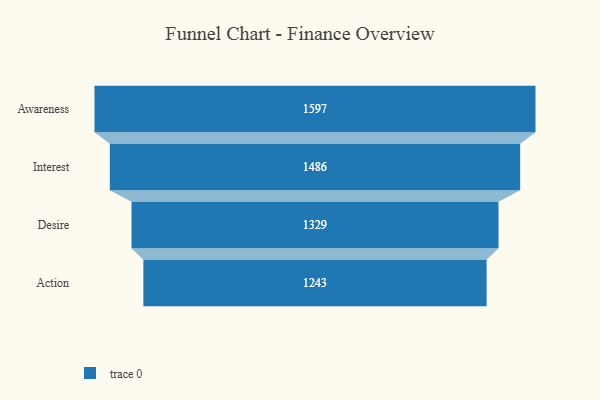
{"axis": {"x": "Stage", "y": "Value"}, "legend": [""], "data": [{"x": "Awareness", "y": 1597.0, "type": ""}, {"x": "Interest", "y": 1486.0, "type": ""}, {"x": "Desire", "y": 1329.0, "type": ""}, {"x": "Action", "y": 1243.0, "type": ""}]}